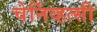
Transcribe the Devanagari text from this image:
चेर्निव्हत्सी